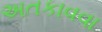
અતકાવવા